Civil Veterinary Department. Madras. Admin. report 1926-33 - 1926-1933
Year: 1926
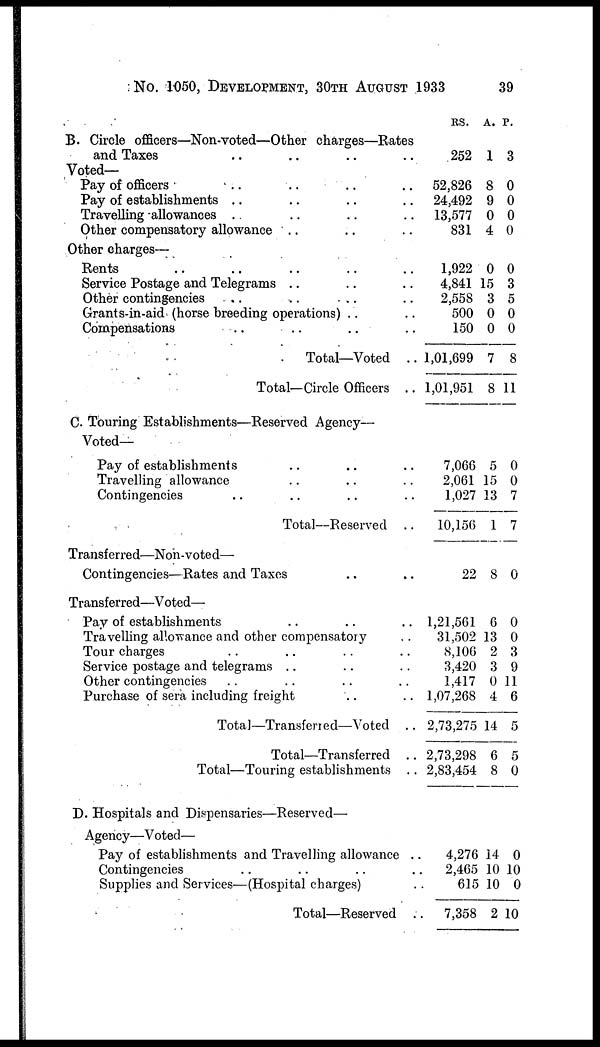
No. 1050, DEVELOPMENT, 30TH AUGUST 1933
39
B. Circle officers—Non-voted—Other charges—Kates
and Taxes .. .. .. .. ..
Voted—
Pay of officers .. .. .. .. ..
Pay of establishments .. .. .. ..
Travelling allowances .. .. .. ..
Other compensatory allowance .. .. ..
Other charges-
Rents .. .. .. .. ..
Service Postage and Telegrams .. .. ..
Other contingencies .. .. .. ..
Grants-in-aid (horse breeding operations) .. ..
Compensations .. .. ..
Total—Voted ..
Total—Circle Officers
..
C. Touring Establishments—Reserved Agency—
Voted—
Pay of establishments .. .. ..
Travelling allowance .. ..
Contingencies .. .. .. ..
Total—Reserved ..
Transferred—Non-voted—
Contingencies—Rates and Taxes .. ..
Transferred—Voted —
Pay of establishments. .. .. ..
Travelling allowance and other compensatory .. .. ..
Tour charges .. .. .. ..
Service postage and telegrams .. .. .. ..
Other contingencies .. .. ..
Purchase of sera including freight .. ..
Total—Transferred—Voted ..
Total—Transferred ..
Total—Touring establishments ..
D. Hospitals and Dispensaries—Reserved—
Agency—Voted—
Pay of establishments and Travelling allowance ..
Contingencies .. .. .. ..
Supplies and Services—(Hospital charges) ..
Total—Reserved ..
RS.
252
52,826
24.492
13,577
831
1,922
4,841
2,558
500
150
1,01,699
1,01,051
7,066
2,061
1.027
10,156
22
1,21,561
31.502
8,106
3,420
1,417
1,07,268
2,73,275
2,73,298
2,83,454
4,276
2,465
615
7,358
A.
1
8
9
0
4
0
15
3
0 0
0
7
8
5
15
13
1
8
6
13
2
3
0
4
14
6
8
14
10
10
2
P.
3
0
0
0
0
0
3
5
0
8
11
0
0
7
7
0
0
0
3
9
11
6
5
5
0
0
10
0
10